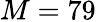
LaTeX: M=79